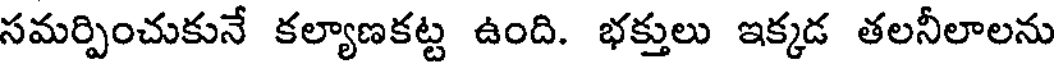
సమర్పించుకునే కల్యాణకట్ట ఉంది. భక్తులు ఇక్కడ తలనీలాలను